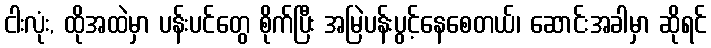
ငါးလုံး, ထိုအထဲမှာ ပန်းပင်တွေ စိုက်ပြီး အမြဲပန်းပွင့်နေစေတယ်၊ ဆောင်းအခါမှာ ဆိုရင်